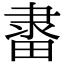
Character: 𨽶